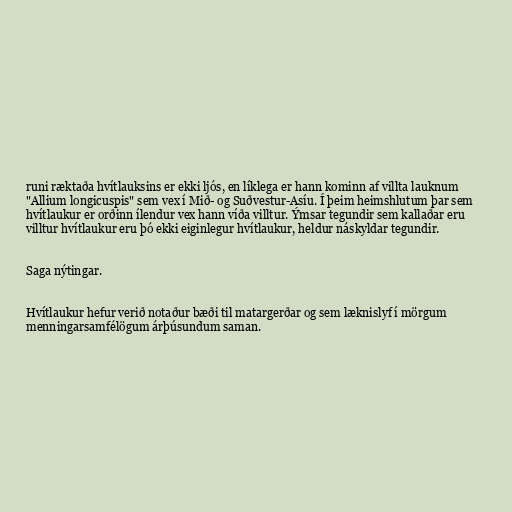
runi ræktaða hvítlauksins er ekki ljós, en líklega er hann kominn af villta lauknum
"Allium longicuspis" sem vex í Mið- og Suðvestur-Asíu. Í þeim heimshlutum þar sem
hvítlaukur er orðinn ílendur vex hann víða villtur. Ýmsar tegundir sem kallaðar eru
villtur hvítlaukur eru þó ekki eiginlegur hvítlaukur, heldur náskyldar tegundir.

Saga nýtingar.

Hvítlaukur hefur verið notaður bæði til matargerðar og sem læknislyf í mörgum
menningarsamfélögum árþúsundum saman.